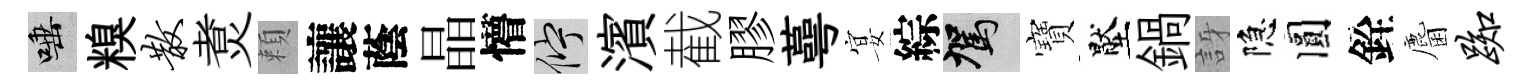
唾糗散煑頼讓蔭晶懵伫濱截膠蕚宴綜駕寶壓鍋訝隐圓銓麕踟